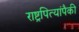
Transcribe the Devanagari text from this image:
राष्ट्रपित्यांपैकी